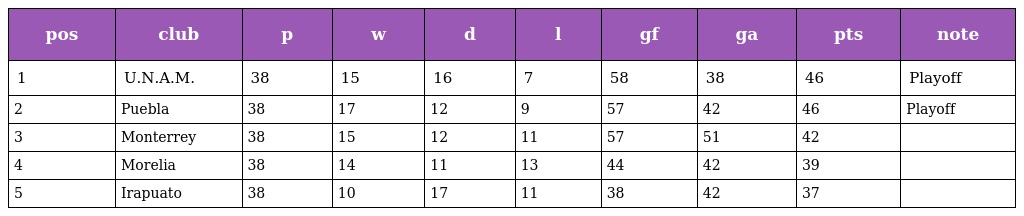
| pos | club | p | w | d | l | gf | ga | pts | note |
 | --- | --- | --- | --- | --- | --- | --- | --- | --- | --- |
 | 1 | U.N.A.M. | 38 | 15 | 16 | 7 | 58 | 38 | 46 | Playoff |
 | 2 | Puebla | 38 | 17 | 12 | 9 | 57 | 42 | 46 | Playoff |
 | 3 | Monterrey | 38 | 15 | 12 | 11 | 57 | 51 | 42 |  |
 | 4 | Morelia | 38 | 14 | 11 | 13 | 44 | 42 | 39 |  |
 | 5 | Irapuato | 38 | 10 | 17 | 11 | 38 | 42 | 37 |  |